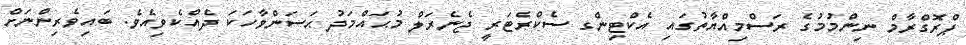
ޕްރޮގްރާމް ނިންމުމުގެ ރަސްމިއްޔާތުގައި އެކްޓިންގ ސެކްރެޓަރީ ޖެނެރަލް މުޙައްމަދު ޙަސަންވާހަކަ ދެއްކެވިއެވެ. ބައިވެރިންނަށް